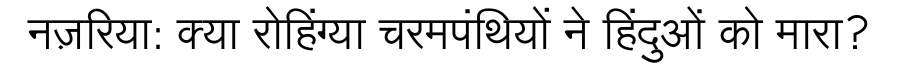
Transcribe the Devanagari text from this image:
नज़रिया: क्या रोहिंग्या चरमपंथियों ने हिंदुओं को मारा?